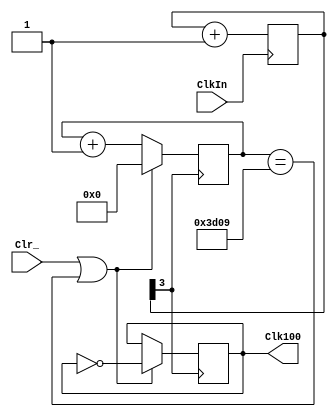
module Clock100(ClkIn,Clr_,Clk100);
  input ClkIn; // 50 MHz input
  input Clr_; // Clear all registers
  output reg Clk100; // Clock frequency

  reg [3:0] clk_div; // Set up a divider for the clock
  reg [13:0] clk_div100; // Set up the 100 Hz buffer counter

  always @(posedge ClkIn) // Pre-Scaler
  begin
    clk_div <= clk_div + 4'b1;
  end

  always @(posedge clk_div[3]) // Generate 100 Hz clock
  begin
    if (Clr_ == 1'b1 | clk_div100 == 14'b11110100001001)
      begin
        clk_div100 <= 14'b0;
        Clk100 <= ~Clk100;
      end
    else
      clk_div100 <= clk_div100 + 19'b1;
  end

endmodule